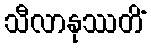
သီလာနုဿတိံ